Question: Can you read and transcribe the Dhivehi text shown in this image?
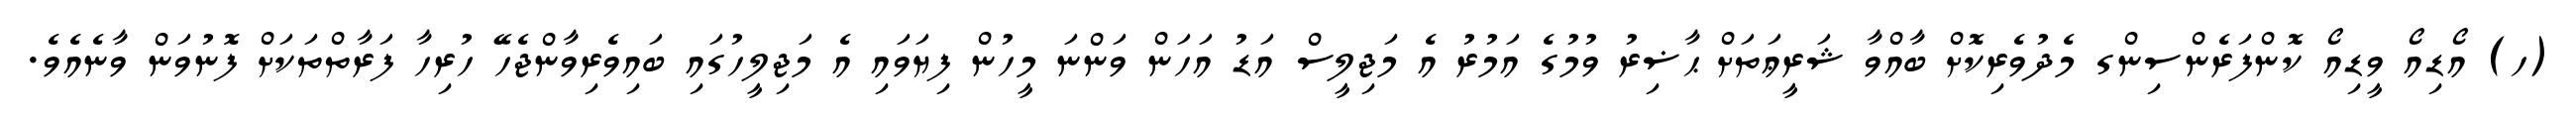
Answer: (ހ) އޯޑިއޯ ވީޑިއޯ ކޮންފަރެންސިންގ މެދުވެރިކޮށް ބާއްވާ ޝަރީޢަތަށް ޙާޟިރު ވުމުގެ އަމުރު އެ މަޖިލީސް އަޑު އަހަން ވަންނަ މީހުން ފިޔަވައި އެ މަޖިލީހުގައި ބައިވެރިވާންޖެހޭ ހުރިހާ ފަރާތްތަކަށް ފޮނުވަން ވާނެއެވެ.